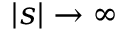
| s | \to \infty